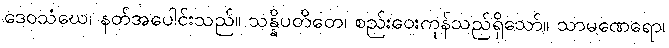
ဒေဝသံဃေ၊ နတ်အပေါင်းသည်။ သန္နိပတိတေ၊ စည်းဝေးကုန်သည်ရှိသော်။ သာမဏေရော၊